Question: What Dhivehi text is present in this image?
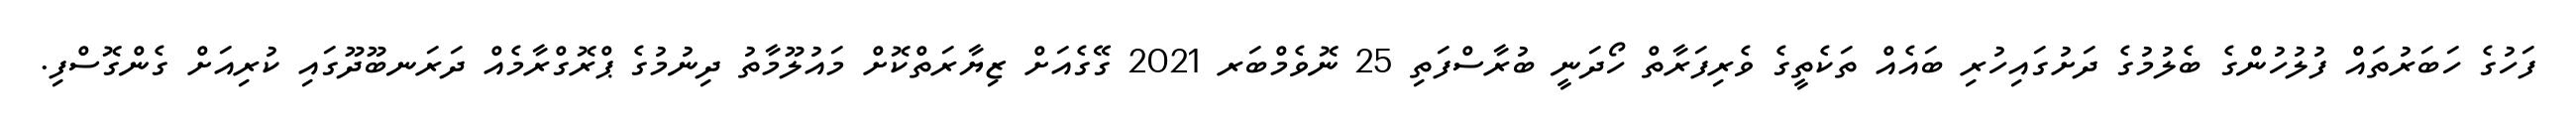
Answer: ފަހުގެ ހަބަރުތައް ފުލުހުންގެ ބެލުމުގެ ދަށުގައިހުރި ބައެއް ތަކެތީގެ ވެރިފަރާތް ހޯދަނީ ބުރާސްފަތި 25 ނޮވެމްބަރ 2021 ގޭގެއަށް ޒިޔާރަތްކޮށް މައުލޫމާތު ދިނުމުގެ ޕްރޮގްރާމެއް ދަރަނބޫދޫގައި ކުރިއަށް ގެންގޮސްފި.